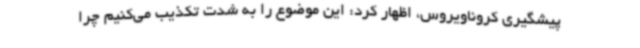
پیشگیری کروناویروس، اظهار کرد: این موضوع را به شدت تکذیب می‌کنیم چرا